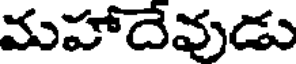
మహాదేవుడు